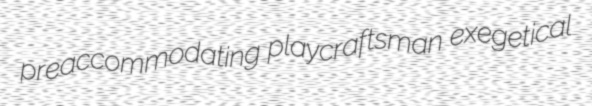
preaccommodating playcraftsman exegetical